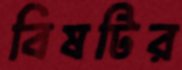
বিষটির